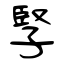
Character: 孯